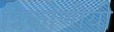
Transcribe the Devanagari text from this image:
त्रिकोणीयी